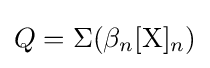
Q=\Sigma (\beta _{n}[\mathrm {X} ]_{n})